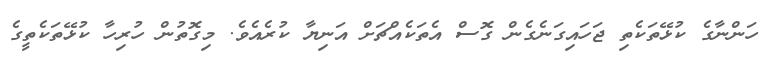
ހަންނާގެ ކުޅޭތަކެތި ޖަހައިގަނެގެން ގޮސް އެތަކެއްޗަށް އަނިޔާ ކުރެއެވެ. މިގޮތުން ހުރިހާ ކުޅޭތަކެތީގެ